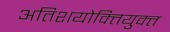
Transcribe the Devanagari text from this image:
अतिशयोक्‍तियुक्‍त